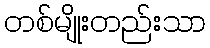
တစ်မျိုးတည်းသာ